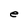
Character: e